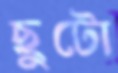
ছুটো